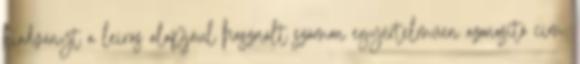
kiadványt a leírás alapjául használt számon egyértelműen azonosító cím.